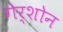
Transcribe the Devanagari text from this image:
गेर्शोन